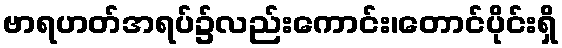
ဗာရဟတ်အရပ်၌လည်းကောင်း၊တောင်ပိုင်းရှိ